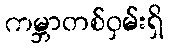
ကမ္ဘာတစ်ဝှမ်းရှိ